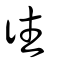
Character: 𨓒